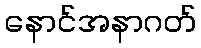
နောင်အနာဂတ်